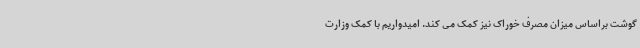
گوشت براساس میزان مصرف خوراک نیز کمک می کند. امیدواریم با کمک وزارت